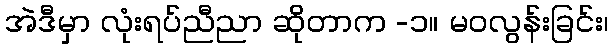
အဲဒီမှာ လုံးရပ်ညီညာ ဆိုတာက -၁။ မဝလွန်းခြင်း၊